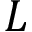
L